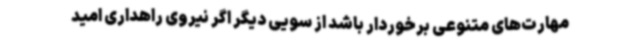
مهارت‌های متنوعی برخوردار باشد از سویی دیگر اگر نیروی راهداری امید